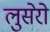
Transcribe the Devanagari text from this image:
लुसेरो